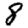
Digit: 8